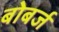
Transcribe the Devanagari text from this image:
बोबर्ज